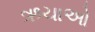
ઋચાઓ